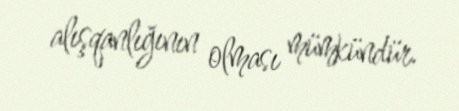
alışqanlığının olması mümkündür.